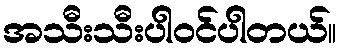
အသီးသီးပါ၀င်ပါတယ်။